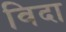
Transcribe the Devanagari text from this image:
विदा